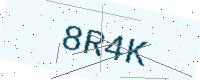
Text: 8R4K